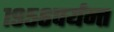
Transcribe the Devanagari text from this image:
१९५६पर्यन्त